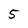
Character: 5